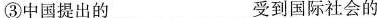
③中国提出的___受到国际社会的